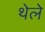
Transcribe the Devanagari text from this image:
थेले